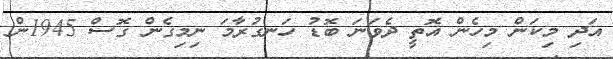
އަދި މިކަން މިހެން އޮތީ ދެވަނަ ބޮޑު ހަނގުރާމަ ނިމިގެން ގޮސް 1945ން